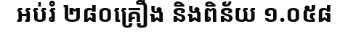
អប់រំ ២៨០គ្រឿង និងពិន័យ ១.០៥៨